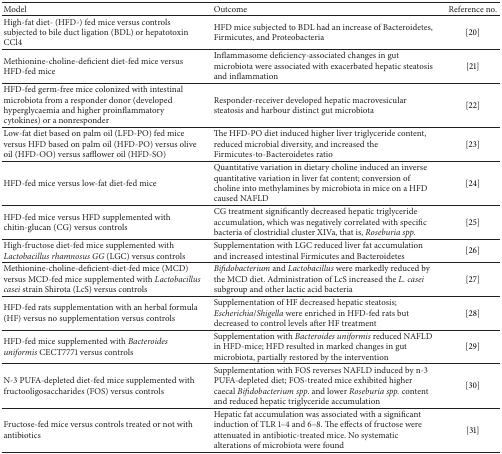
<table><thead><tr><td><b>Model</b></td><td><b>Outcome</b></td><td><b>Reference no.</b></td></tr></thead><tbody><tr><td>High-fat diet- (HFD-) fed mice versus controls subjected to bile duct ligation (BDL) or hepatotoxin CCl4</td><td>HFD mice subjected to BDL had an increase of Bacteroidetes, Firmicutes, and Proteobacteria</td><td>[20]</td></tr><tr><td>Methionine-choline-deficient diet-fed mice versus HFD-fed mice</td><td>Inflammasome deficiency-associated changes in gut microbiota were associated with exacerbated hepatic steatosis and inflammation</td><td>[21]</td></tr><tr><td>HFD-fed germ-free mice colonized with intestinal microbiota from a responder donor (developed hyperglycaemia and higher proinflammatory cytokines) or a nonresponder</td><td>Responder-receiver developed hepatic macrovesicular steatosis and harbour distinct gut microbiota</td><td>[22]</td></tr><tr><td>Low-fat diet based on palm oil (LFD-PO) fed mice versus HFD based on palm oil (HFD-PO) versus olive oil (HFD-OO) versus safflower oil (HFD-SO)</td><td>The HFD-PO diet induced higher liver triglyceride content, reduced microbial diversity, and increased the Firmicutes-to-Bacteroidetes ratio</td><td>[23]</td></tr><tr><td>HFD-fed mice versus low-fat diet-fed mice</td><td>Quantitative variation in dietary choline induced an inverse quantitative variation in liver fat content; conversion of choline into methylamines by microbiota in mice on a HFD caused NAFLD</td><td>[24]</td></tr><tr><td>HFD-fed mice versus HFD supplemented with chitin-glucan (CG) versus controls</td><td>CG treatment significantly decreased hepatic triglyceride accumulation, which was negatively correlated with specific bacteria of clostridial cluster XIVa, that is, <i>Roseburia spp. </i></td><td>[25]</td></tr><tr><td>High-fructose diet-fed mice supplemented with <i>Lactobacillus rhamnosus GG</i> (LGC) versus controls </td><td>Supplementation with LGC reduced liver fat accumulation and increased intestinal Firmicutes and Bacteroidetes</td><td>[26]</td></tr><tr><td>Methionine-choline-deficient-diet-fed mice (MCD) versus MCD-fed mice supplemented with <i>Lactobacillus casei</i> strain Shirota (LcS) versus controls</td><td><i>Bifidobacterium</i> and <i>Lactobacillus </i>were markedly reduced by the MCD diet. Administration of LcS increased the <i>L. casei</i> subgroup and other lactic acid bacteria</td><td>[27]</td></tr><tr><td>HFD-fed rats supplementation with an herbal formula (HF) versus no supplementation versus controls</td><td>Supplementation of HF decreased hepatic steatosis; <i>Escherichia</i>/<i>Shigella</i> were enriched in HFD-fed rats but decreased to control levels after HF treatment</td><td>[28]</td></tr><tr><td>HFD-fed mice supplemented with <i>Bacteroides uniformis</i> CECT7771 versus controls</td><td>Supplementation with <i>Bacteroides uniformis</i> reduced NAFLD in HFD-mice; HFD resulted in marked changes in gut microbiota, partially restored by the intervention</td><td>[29]</td></tr><tr><td>N-3 PUFA-depleted diet-fed mice supplemented with fructooligosaccharides (FOS) versus controls</td><td>Supplementation with FOS reverses NAFLD induced by n-3 PUFA-depleted diet; FOS-treated mice exhibited higher caecal <i>Bifidobacterium spp</i>. and lower <i>Roseburia spp.</i> content and reduced hepatic triglyceride accumulation</td><td>[30]</td></tr><tr><td>Fructose-fed mice versus controls treated or not with antibiotics </td><td>Hepatic fat accumulation was associated with a significant induction of TLR 1–4 and 6–8. The effects of fructose were attenuated in antibiotic-treated mice. No systematic alterations of microbiota were found</td><td>[31]</td></tr></tbody></table>